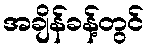
အချိန်ခန့်တွင်